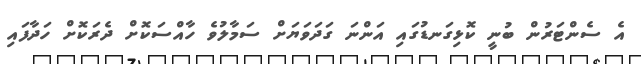
އެ ސެންޓަރުން ބުނީ ކޮޅިގަނޑުގައި އަންނަ ގަދަވަޔަށް ސަމާލުވެ ހާއްސަކޮށް ދެރަކޮށް ހަދާފައި